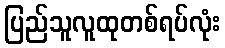
ပြည်သူလူထုတစ်ရပ်လုံး